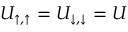
U _ { \uparrow , \uparrow } = U _ { \downarrow , \downarrow } = U